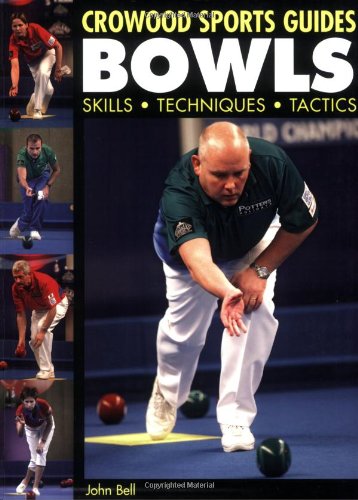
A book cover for Bowls: Skills, Techniques, Tactics (Crowood Sports Guides); John Bell; Sports & Outdoors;